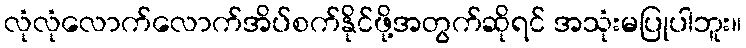
လုံလုံလောက်လောက်အိပ်စက်နိုင်ဖို့အတွက်ဆိုရင် အသုံးမပြုပါဘူး။